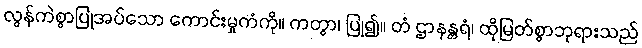
လွန်ကဲစွာပြုအပ်သော ကောင်းမှုကံကို။ ကတွာ၊ ပြု၍။ တံ ဌာနန္တရံ၊ ထိုမြတ်စွာဘုရားသည်